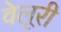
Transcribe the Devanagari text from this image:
वेलूरी